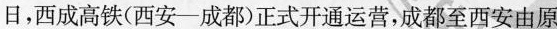
日，西成高铁(西安-成都)正式开通运营，成都至西安由原